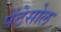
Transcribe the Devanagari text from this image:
पेंटेसोल